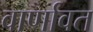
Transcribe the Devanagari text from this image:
वार्णावत